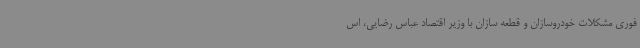
فوری مشکلات خودروسازان و قطعه سازان با وزیر اقتصاد عباس رضایی، اس